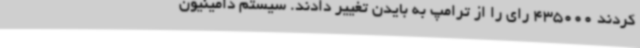
کردند 435000 رای را از ترامپ به بایدن تغییر دادند. سیستم دامینیون